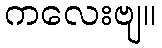
ကလေးဗျ။